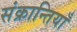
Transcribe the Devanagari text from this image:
संक्रान्तियाँ